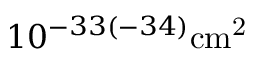
1 0 ^ { - 3 3 ( - 3 4 ) } \mathrm { { c m } ^ { 2 } }